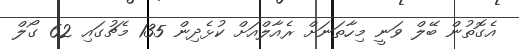
އެގޮތުން ބޭލް ވަނީ މިހާތަނަށް ރެއާލްއަށް ކުޅެދިން 135 މެޗުގައި 62 ގޯލް